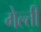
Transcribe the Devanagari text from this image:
गेल्ती